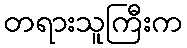
တရားသူကြီးက